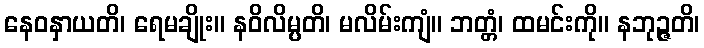
နေဝနှာယတိ၊ ရေမချိုး။ နဝိလိမ္ပတိ၊ မလိမ်းကျံ။ ဘတ္တံ၊ ထမင်းကို။ နဘုဉ္ဇတိ၊